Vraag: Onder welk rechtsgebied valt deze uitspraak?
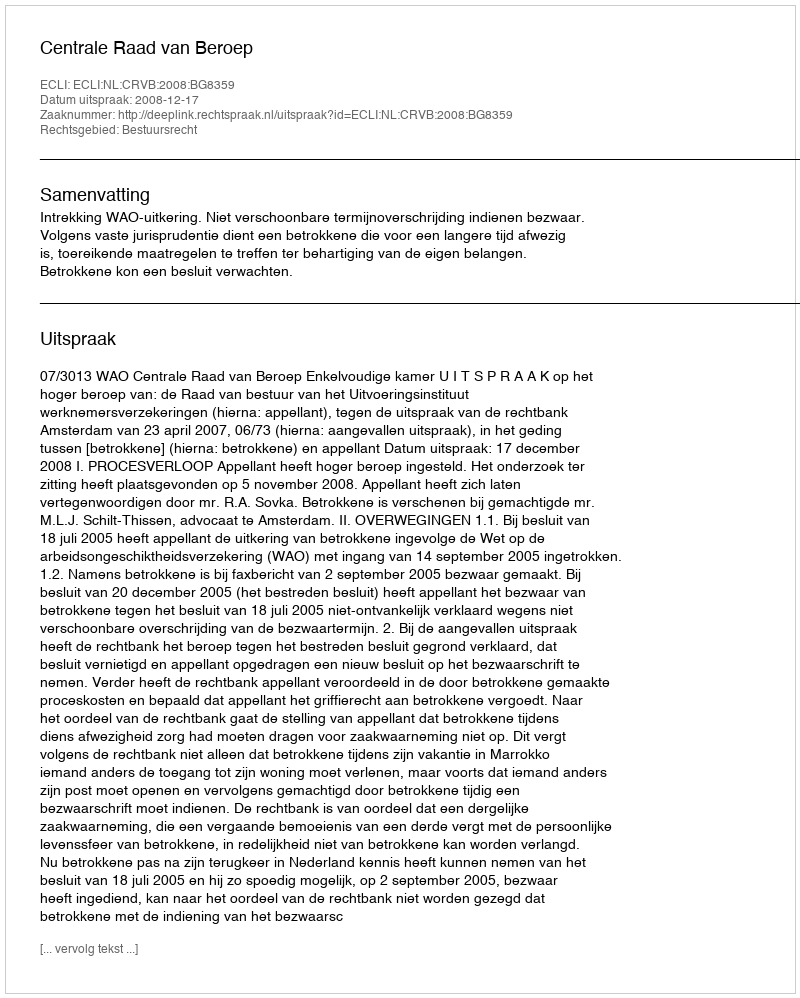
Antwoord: Bestuursrecht